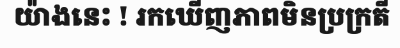
យ៉ាងនេះ ! រកឃើញភាពមិនប្រក្រតី